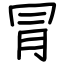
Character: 冐